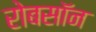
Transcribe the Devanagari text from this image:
रोबसॉन